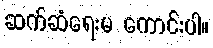
ဆက်ဆံရေးမ ကောင်းပါ။